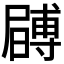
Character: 𭕶